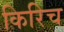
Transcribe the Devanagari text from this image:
किरिच